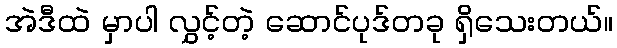
အဲဒီထဲ မှာပါ လွှင့်တဲ့ ဆောင်ပုဒ်တခု ရှိသေးတယ်။